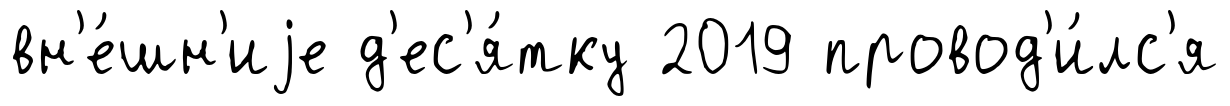
вн'е́шн'иjе д'ес'я́тку 2019 провод'и́лс'я